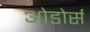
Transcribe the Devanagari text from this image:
ओडोर्स